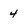
Character: 4